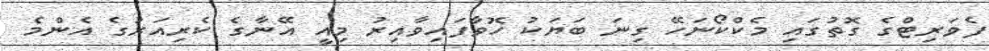
ފެވަރިޓްގެ ގޮތުގައި މެކްކޯނަހޭ ގިނަ ބަޔަކު ހޮވާފައިވާއިރު މިއީ އޭނާގެ ކެރިއަރުގެ އެންމެ